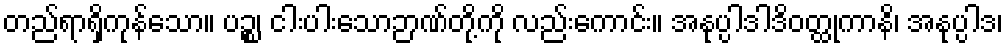
တည်ရာရှိကုန်သော။ ပဉ္စ၊ ငါးပါးသောဉာဏ်တို့ကို လည်းကောင်း။ အနုပ္ပါဒါဒိဝတ္ထုကာနိ၊ အနုပ္ပါဒ၊